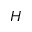
H